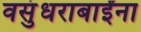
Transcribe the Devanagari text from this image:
वसुंधराबाईंना